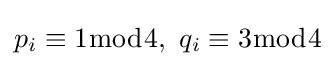
p_{i}\equiv 1{\bmod {4}},\ q_{i}\equiv 3{\bmod {4}}